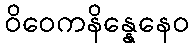
ဝိဝေကနိန္နေနေဝ